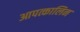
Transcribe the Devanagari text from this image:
आपत्कालिन